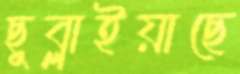
ছুব্‌লাইয়াছে